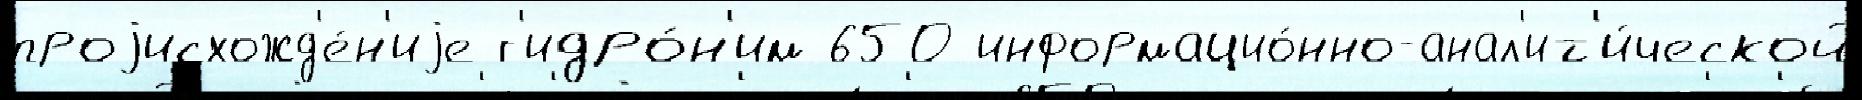
проjисхожд'е́н'иjе г'идро́н'им 650 информацио́нно-анал'ит'и́ческой